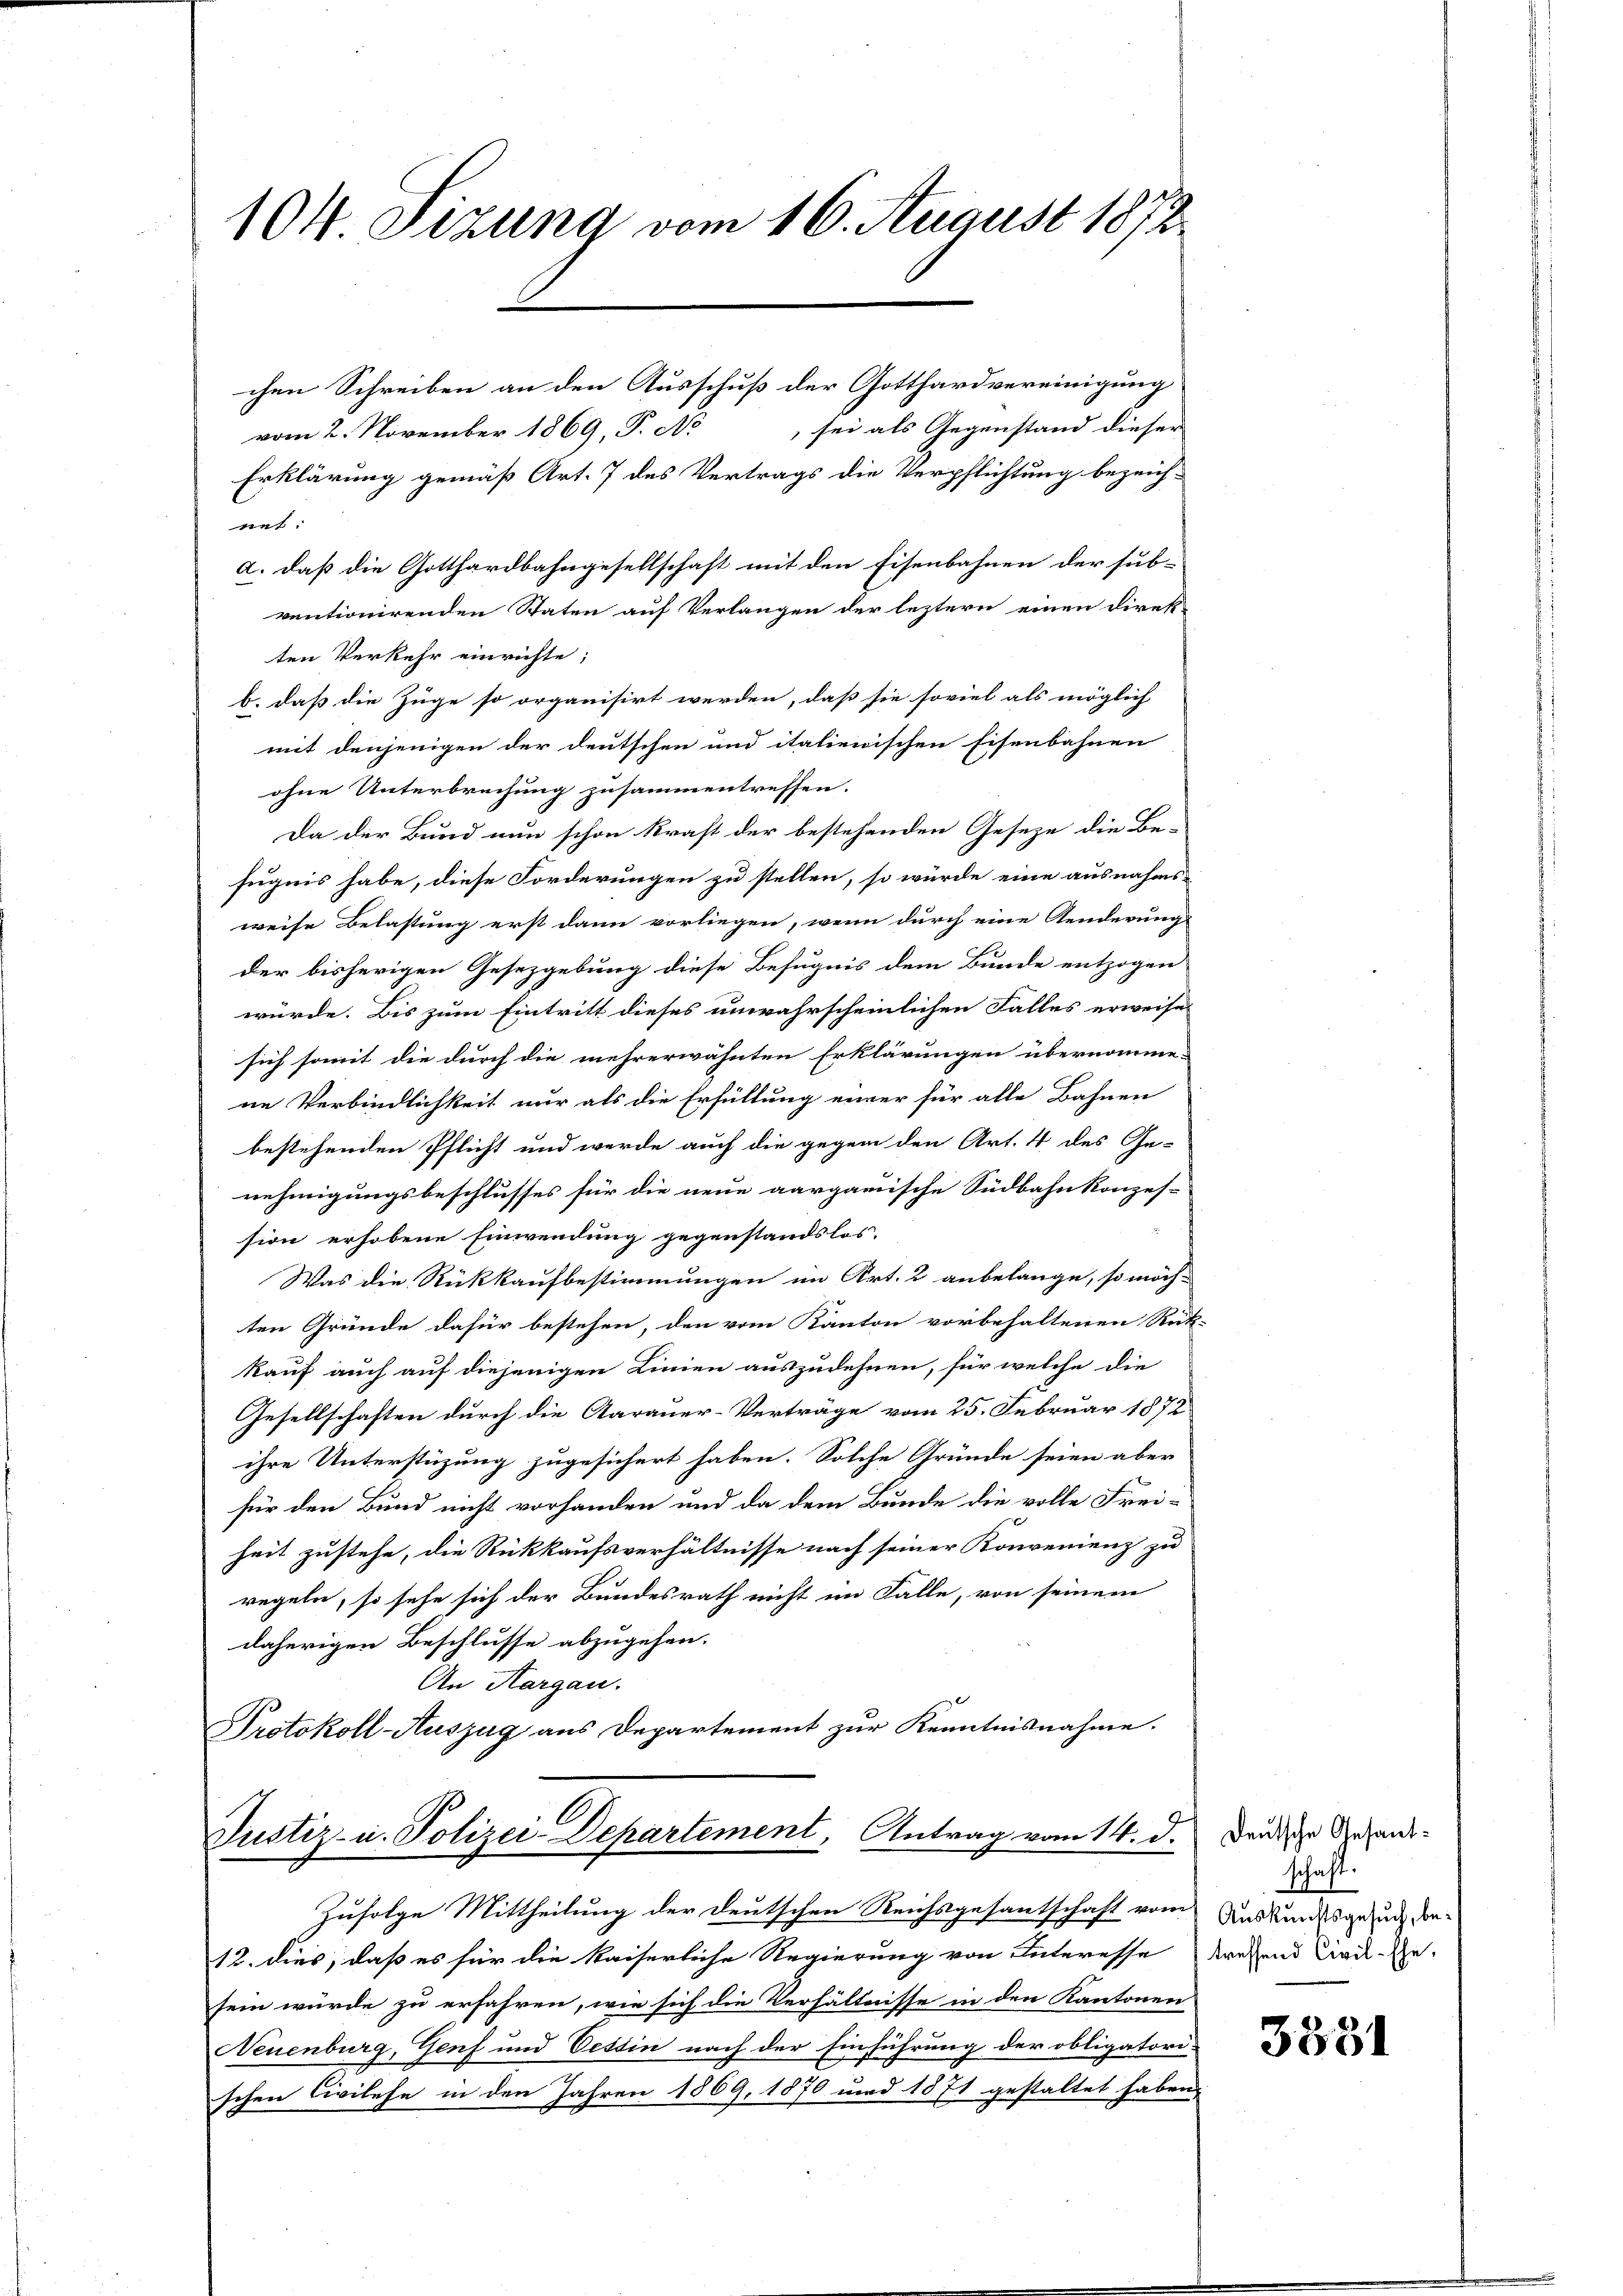
104. Sizung vom 16. August 1872.

Justiz- u. Polizei Departement, Antrag vom 14. d.

chen Schreiben an den Ausschuß der Gotthardvereinigung
sei als Gegenstand dieser
vom 2. November 1869, P. No
Erklärung gemäß Art. 7 des Vertrags die Verpflichtung bezeich-
net.
a. daß die Gotthardbahngesellschaft mit den Eisenbahnen der sub-
ventionirenden Staten auf Verlangen der leztern einen Direk-
ten Verkehr einrichte;
b. daß die Züge so organisirt werden, daß sie soviel als möglich
mit denjenigen der deutschen und italienischen Eisenbahnen
ohne Unterbrechung zusammentreffen.
Da der Bund nun schon kraft der bestehenden Geseze die Be-
fugnis habe, diese Forderungen zu stellen, so würde eine ausnahms-
weise Belastung erst dann vorliegen, wenn durch eine Aenderung
der bisherigen Gesetzgebung diese Befugnis dem Bunde entzogen
würde. Bis zum Eintritt dieses unwahrscheinlichen Falles erweisesich somit die durch die mehrerwähnten Erklärungen übernomme-
ne Verbindlichkeit nur als die Erfüllung einer für alle Bahnen
bestehenden Pflicht und werde auch die gegen den Art. 4 des Ge-
nehmigungsbeschlusses für die neue aargauische Südbahnkonzes-
sion erhobene Einwendung gegenstandslos
Was die Rückkaufbestimmungen im Art. 2 anbelange, so möch-
ten Gründe dafür bestehen, den vom Kanton vorbehaltenen Rück-
kauf auch auf diejenigen Linien auszudehnen, für welche die
Gesellschaften durch die Aarauer-Verträge vom 25. Februar 1872
ihre Unterstüzung zugesichert haben. Solche Gründe seien aber
für den Bund nicht vorhanden und da dem Bunde die volle Freiheit zustehe, die Rückkaufsverhältnisse nach seiner Konvenienz zu
regeln, so sehe sich der Bundesrath nicht im Falle, von seinem
daherigen Beschlusse abzugehen.
An Hargau.
Protokoll-Auszug aus Departement zur Kenntnisnahme.

Zufolge Mittheilung der deutschen Reichsgesantschaft vom Auskundesgesuch dor¬
12. dies, daß es für die kaiserliche Regierung von Interesse treffend Civil-Ge-
sein würde zu erfahren, wie sich die Verhältnisse in den Kantonen
Neuenburg, Genf und Tessin nach der Einführung der obligatori-
schen Civilehe in den Jahren 1869, 1870 und 1871 gestaltet haben,

Deutsche Gesandschaft.

3531